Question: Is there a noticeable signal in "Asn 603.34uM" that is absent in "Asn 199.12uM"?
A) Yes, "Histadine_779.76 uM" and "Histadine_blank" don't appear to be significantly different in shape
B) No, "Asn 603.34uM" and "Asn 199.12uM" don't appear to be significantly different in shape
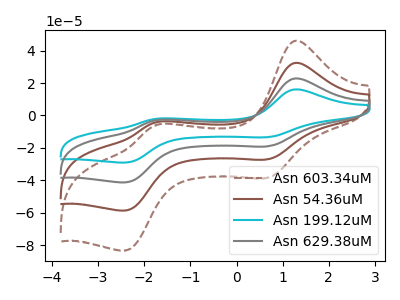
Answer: <think>The brown dashed curve "Asn 603.34uM" has anodic peaks at (1.25V, 68.25uA) (-1.75V, -8.95uA) and cathodic peaks at (0.65V, -57.30uA) (-2.40V, -123.75uA). The brown curve "Asn 54.36uM" has anodic peaks at (1.25V, 45.50uA) (-1.75V, -6.00uA) and cathodic peaks at (0.65V, -38.20uA) (-2.40V, -82.50uA). The cyan curve "Asn 199.12uM" has anodic peaks at (1.25V, 16.00uA) (-1.75V, -2.10uA) and cathodic peaks at (0.65V, -13.45uA) (-2.40V, -29.05uA). The gray curve "Asn 629.38uM" has anodic peaks at (1.25V, 22.75uA) (-1.75V, -3.00uA) and cathodic peaks at (0.65V, -19.10uA) (-2.40V, -41.25uA).
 All the peaks in "Asn 603.34uM" have a peak in "Asn 199.12uM" at the same potential.</think>
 <answer>B) No, "Asn 603.34uM" and "Asn 199.12uM" don't appear to be significantly different in shape</answer>
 <eval>B</eval>